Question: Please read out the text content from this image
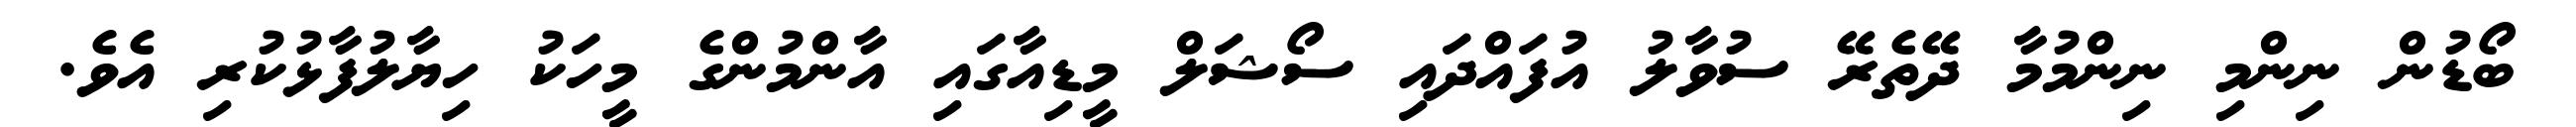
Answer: ބޯޑުން ނިންމި ނިންމުމާ ދޭތެރޭ ސުވާލު އުފައްދައި ސޯޝަލް މީޑިއާގައި އާންމުންގެ މީހަކު ހިޔާލުފާޅުކުރި އެވެ.